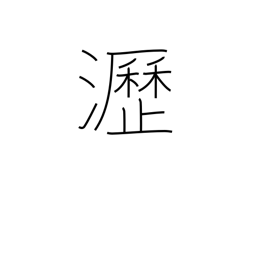
Meaning: dropping